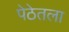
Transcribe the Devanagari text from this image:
पेठेतला